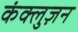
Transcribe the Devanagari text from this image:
कंक्लुज़न